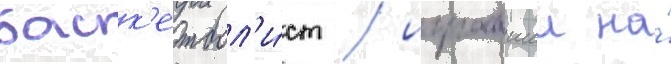
баск'етбол'и́ст / игравшии на́